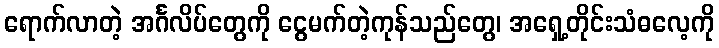
ရောက်လာတဲ့ အင်္ဂလိပ်တွေကို ငွေမက်တဲ့ကုန်သည်တွေ၊ အရှေ့တိုင်းသံဓလေ့ကို